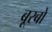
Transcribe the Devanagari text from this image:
बूरबों